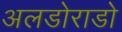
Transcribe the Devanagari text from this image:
अलडोराडो